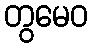
တွမေဝ